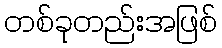
တစ်ခုတည်းအဖြစ်